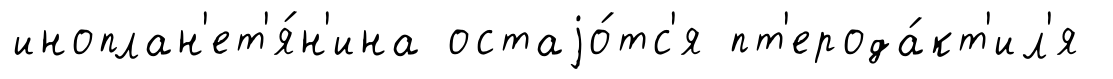
иноплан'ет'я́н'ина остаjо́тс'я пт'ерода́кт'ил'я